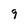
Character: 9